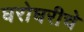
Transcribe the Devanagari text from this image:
घरोघरीचे